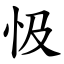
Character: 忣